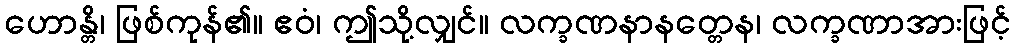
ဟောန္တိ၊ ဖြစ်ကုန်၏။ ဧဝံ၊ ဤသို့လျှင်။ လက္ခဏနာနတ္တေန၊ လက္ခဏာအားဖြင့်